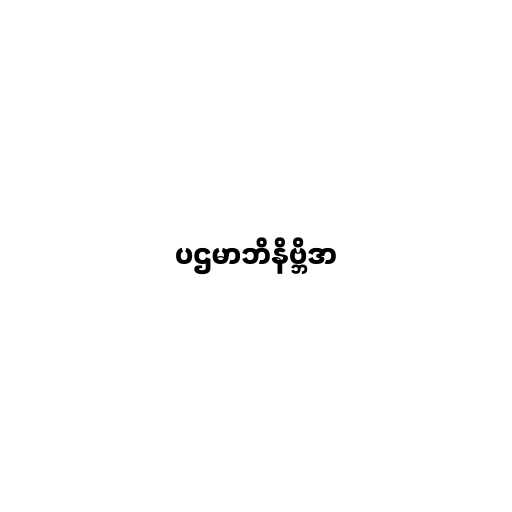
ပဌမာဘိနိဗ္ဘိဒာ